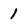
Character: 1